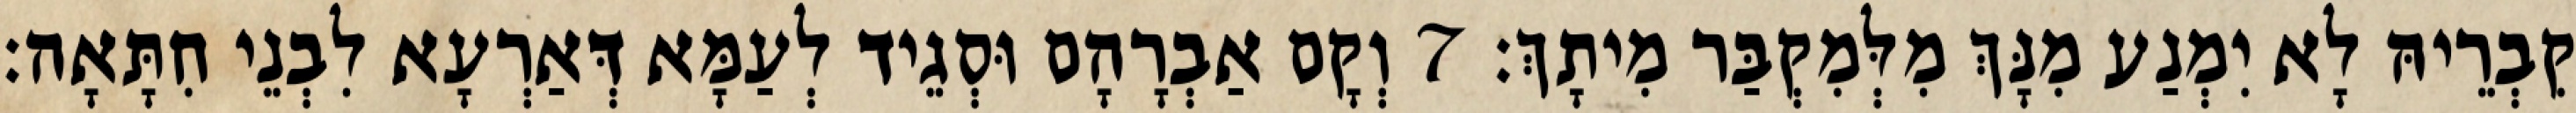
קִבְרֵיהּ לָא יִמְנַע מִנָּךְ מִלְּמִקְבַּר מִיתָךְ׃ 7 וְקָם אַבְרָהָם וּסְגֵיד לְעַמָּא דְּאַרְעָא לִבְנֵי חִתָּאָה׃